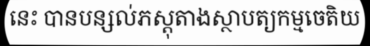
នេះ បានបន្សល់ភស្តុតាងស្ថាបត្យកម្មចេតិយ